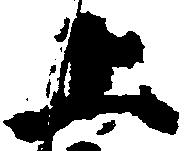
上